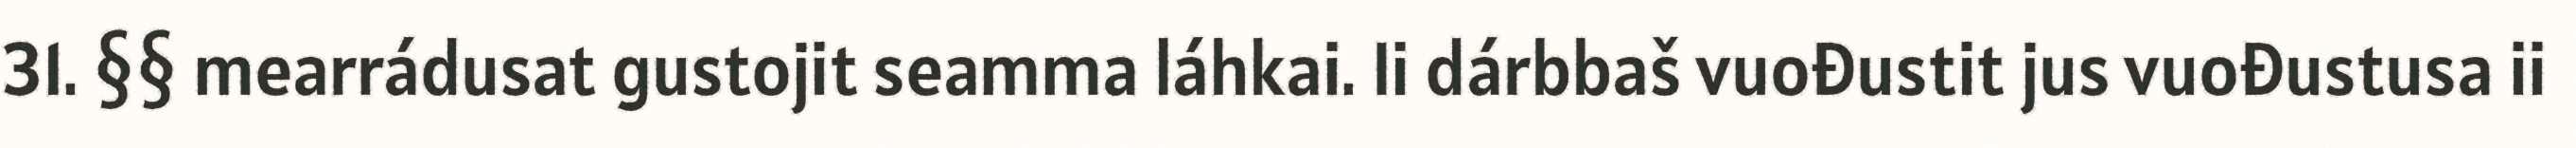
31. §§ mearrádusat gustojit seamma láhkai. Ii dárbbaš vuođustit jus vuođustusa ii